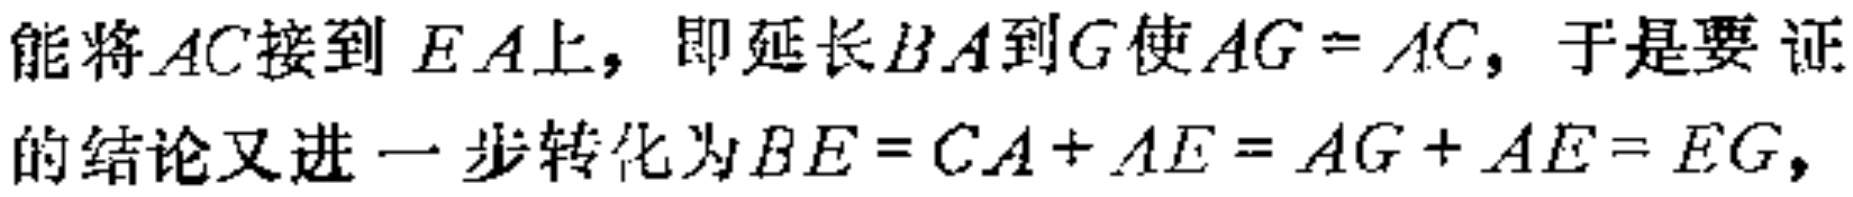
能将\(AC\)接到\(EA\)上，即延长\(BA\)到\(G\)使\(AG = AC\)，于是要证的结论又进一步转化为\(BE = CA + AE = AG + AE = EG\)，